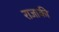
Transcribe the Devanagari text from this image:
राजाकी